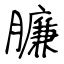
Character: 臁